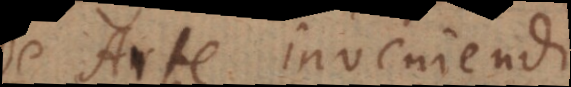
De Arte inveniendi.